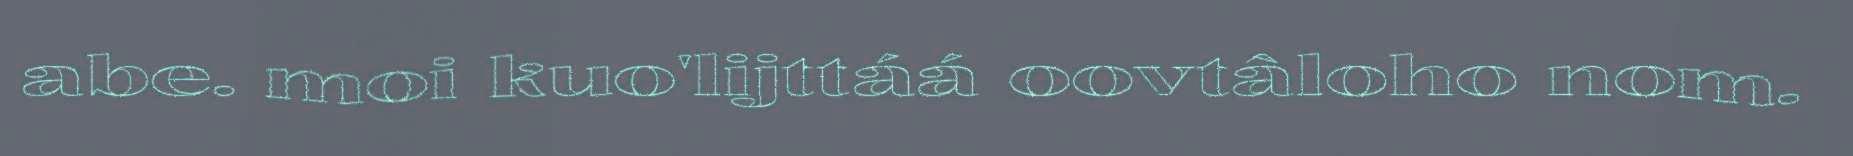
abe. moi kuo'lijttáá oovtâloho nom.